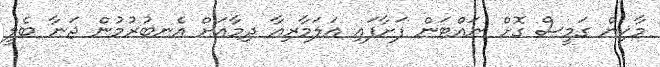
މާކިން ގަމީސް ގޮށް ނައްޓަން ފަށާފައި އަލަމާރިއާ ދިމާއަށް އެނބުރުމުން ޖަނާ ބެލީ